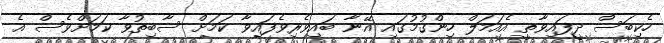
ހެކިބަސް ދީފައިވާތީ އެއަމަލް ހިންގުމުގައި އޭނާ ބައިވެރިވެފައިވާ ކަމަށް ސާބިތުވާ ކަމަށްވެސް އެ